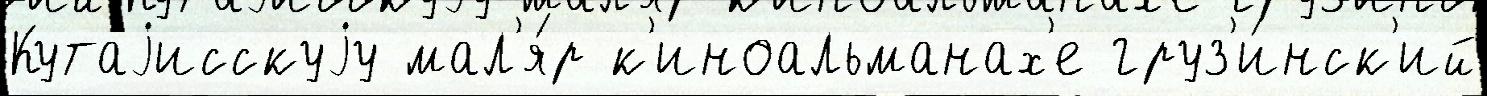
Кутаjисскуjу мал'я́р к'иноальманах'е груз'и́нск'ий